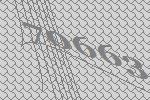
70663